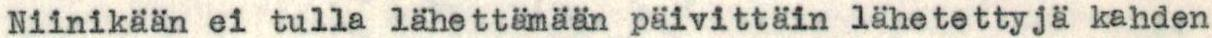
Niinikään ei tulla lähettämään päivittäin lähetettyjä kahden